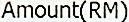
AMOUNT(RM)